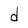
Character: d